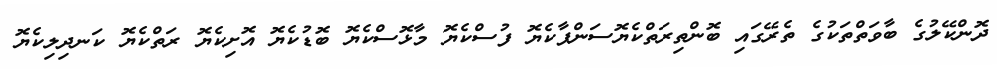
ދޮންކޭލުގެ ބާވަތްތަކުގެ ތެރޭގައި ބޮންތިރަތްކެޔޮސަންޕާކެޔޮ ފުސްކެޔޮ މާޅޮސްކެޔޮ ބޮޑުކެޔޮ އޮށިކެޔޮ ރަތްކެޔޮ ކަނދިލިކެޔޮ